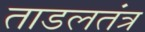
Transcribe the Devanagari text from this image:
ताडलतंत्र